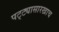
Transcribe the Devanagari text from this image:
पट्ट्यासारखाच